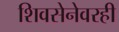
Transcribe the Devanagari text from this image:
शिवसेनेवरही